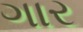
ગાર